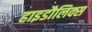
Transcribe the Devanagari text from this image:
हाइडौलिक्स